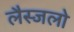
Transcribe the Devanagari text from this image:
लैस्जलो